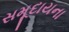
સમૂદાયના